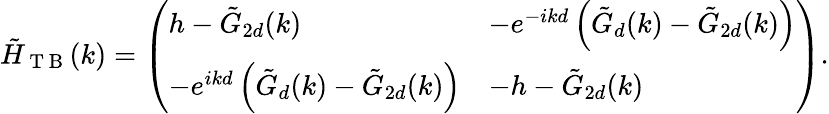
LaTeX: \tilde{H}_{\mathrm{~T~B~}}(k)=\left(\begin{array}{ll}{h-\tilde{G}_{2d}(k)}&{-e^{-ikd}\left(\tilde{G}_{d}(k)-\tilde{G}_{2d}(k)\right)}\\ {-e^{ikd}\left(\tilde{G}_{d}(k)-\tilde{G}_{2d}(k)\right)}&{-h-\tilde{G}_{2d}(k)}\end{array}\right).